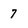
Character: 7